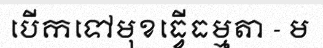
បើកទៅមុខធ្វើធម្មតា - ម